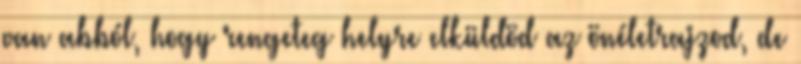
van abból, hogy rengeteg helyre elküldöd az önéletrajzod, de